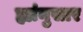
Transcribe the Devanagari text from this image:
ह्यांनुसार